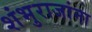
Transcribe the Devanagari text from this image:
शंभुराजांना